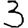
Digit: 3